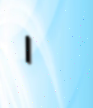
١